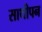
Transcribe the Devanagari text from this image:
साथीपन